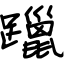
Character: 躐